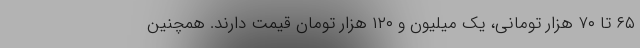
۶۵ تا ۷۰ هزار تومانی، یک میلیون و ۱۲۰ هزار تومان قیمت دارند. همچنین